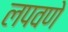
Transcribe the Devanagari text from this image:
लपवणे